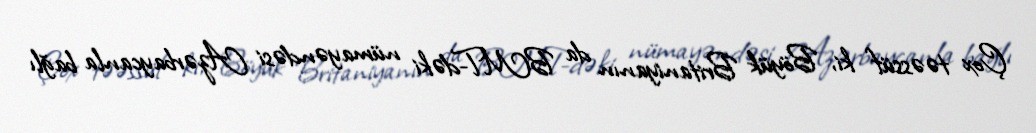
Çox təəssüf ki, Böyük Britaniyanın da BMT-dəki nümayəndəsi Azərbaycanla bağlı